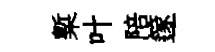
槧叶陪篴